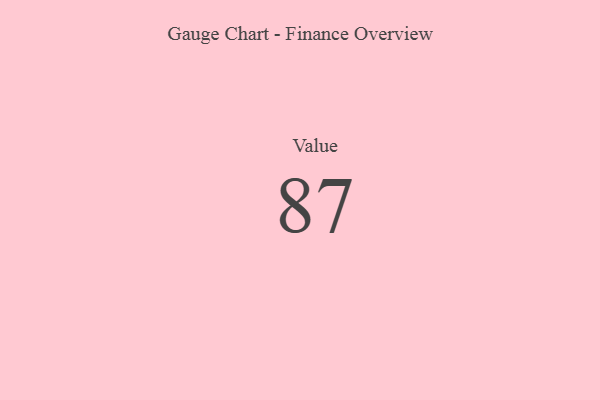
{"axis": {"x": "Metric", "y": "Value"}, "legend": [""], "data": [{"x": "Value", "y": 87, "type": ""}]}